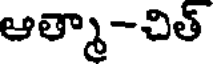
ఆత్మా-చిత్